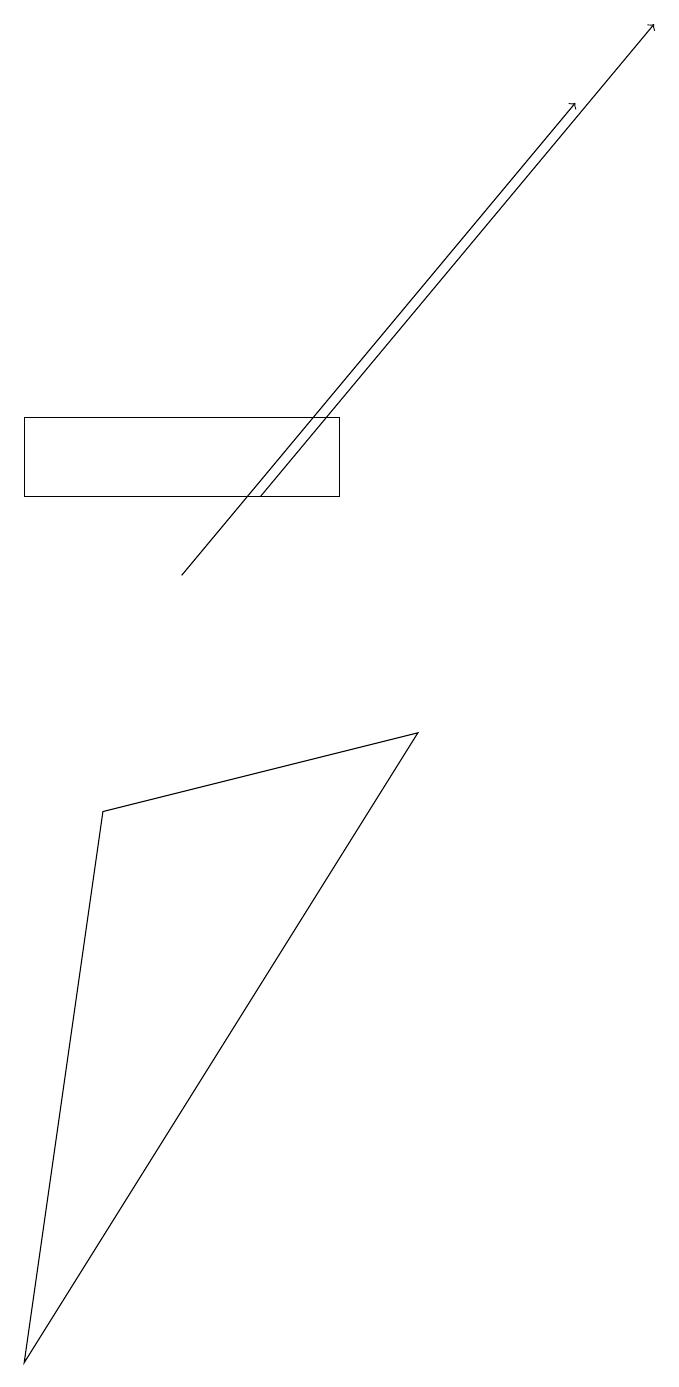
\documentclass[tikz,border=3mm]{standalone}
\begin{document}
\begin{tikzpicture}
\draw[->] (3,11) -- (8,17);
\draw[->] (2,10) -- (7,16);
\draw (4,11) rectangle (0,12);
\draw (1,7) -- (5,8) -- (0,0) -- cycle;
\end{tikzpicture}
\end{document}